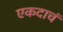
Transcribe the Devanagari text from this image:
एकदाचं